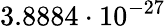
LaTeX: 3.8884\cdot 10^{-27}